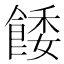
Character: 餧